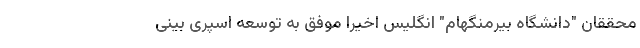
محققان "دانشگاه بیرمنگهام" انگلیس اخیرا موفق به توسعه اسپری بینی